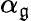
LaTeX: \alpha_{\mathfrak{g}}